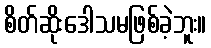
စိတ်ဆိုးဒေါသမဖြစ်ခဲ့ဘူး။